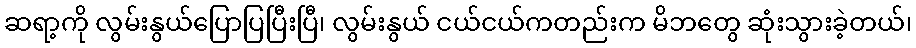
ဆရာ့ကို လွမ်းနွယ်ပြောပြပြီးပြီ၊ လွမ်းနွယ် ငယ်ငယ်ကတည်းက မိဘတွေ ဆုံးသွားခဲ့တယ်၊